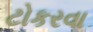
ટોકરવા